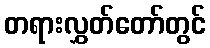
တရားလွှတ်တော်တွင်